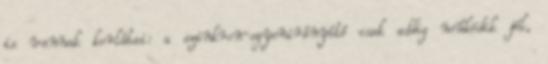
is vannak korlátai: a szinkron-egyenirányító csak addig mûködik jól,